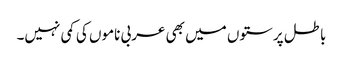
باطل پرستوں میں بھی عربی ناموں کی کمی نہیں۔